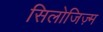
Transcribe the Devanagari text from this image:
सिलोजिज़्म